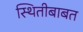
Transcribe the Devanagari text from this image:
स्थितीबाबत